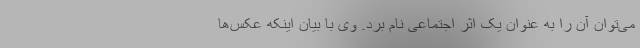
می‌توان آن را به عنوان یک اثر اجتماعی نام برد. وی با بیان اینکه عکس‌ها